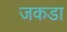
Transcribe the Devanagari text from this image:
जकडा